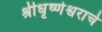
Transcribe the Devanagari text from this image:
श्रीधृष्णेश्वराचे